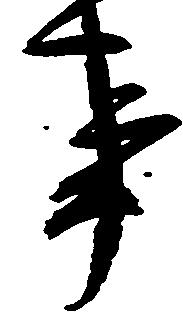
事